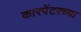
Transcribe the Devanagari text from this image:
कारपेंटरच्या